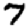
Digit: 7